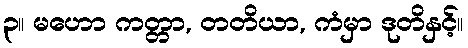
၃။ မဟော ကတ္တာ, တတိယာ, ကံမှာ ဒုတိနှင့်။